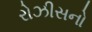
રોઝીસનો